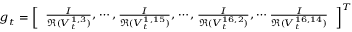
{ \footnotesize \boldsymbol g _ { t } = \left[ \begin{array} { l } { \frac { I } { \mathfrak R ( V _ { t } ^ { 1 , 3 } ) } , \cdots , \frac { I } { \mathfrak R ( V _ { t } ^ { 1 , 1 5 } ) } , \cdots , \frac { I } { \mathfrak R ( V _ { t } ^ { 1 6 , 2 } ) } , \cdots \frac { I } { \mathfrak R ( V _ { t } ^ { 1 6 , 1 4 } ) } } \end{array} \right] ^ { T } }